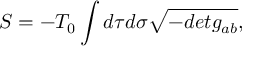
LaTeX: S = - T _ { 0 } \int d \tau d \sigma \sqrt { - d e t g _ { a b } } ,